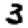
Digit: 3